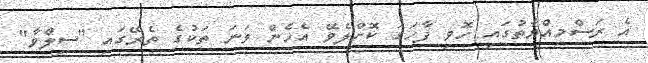
އެ ރަސްމިއްޔާތުގައި ހޮވި ފާހަގަ ކޮށްލެވޭ އެހެން ވަނަ ތަކުގެ ތެރޭގައި "ސިލްވާ"